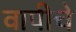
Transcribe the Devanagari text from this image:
वापीचे